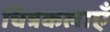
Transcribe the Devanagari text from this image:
चित्रकलाएँ